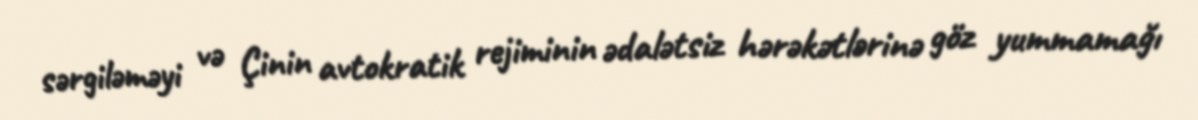
sərgiləməyi və Çinin avtokratik rejiminin ədalətsiz hərəkətlərinə göz yummamağı